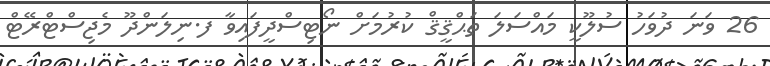
26 ވަނަ ދުވަހު ސުލޫކީ މައްސަލަ ތަޙްޤީޤް ކުރުމަށް ނޯޓިސްދީފައިވާ ފ.ނިލަންދޫ މެޖިސްޓްރޭޓް